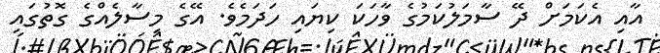
އާއި އެކަމަށް ދޭ ސާމަލުކަމުގެ ވާހަކަ ކިޔައި ހަދަމެވެ. އޭގެ މިސާލެއްގެ ގޮތުގައި